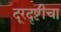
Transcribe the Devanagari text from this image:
दूरदृष्टीचा